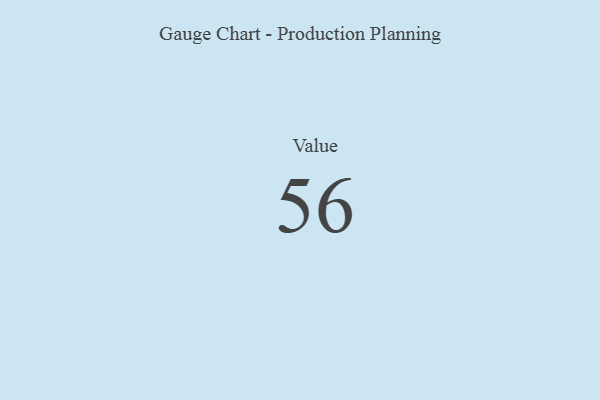
{"axis": {"x": "Metric", "y": "Value"}, "legend": [""], "data": [{"x": "Value", "y": 56, "type": ""}]}